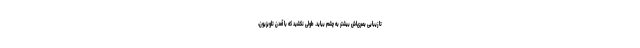
تا زیبایی بصری‌اش بیشتر به چشم بیاید. طولی نکشید که با آمدن تلویزیون،